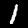
Label: 1